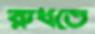
রুধতে